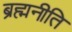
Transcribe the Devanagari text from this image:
ब्रह्मनीति